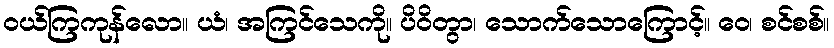
ဝယ်ကြကုန်လော။ ယံ၊ အကြင်သေကို။ ပိဝိတွာ၊ သောက်သောကြောင့်။ ဝေ၊ စင်စစ်။